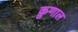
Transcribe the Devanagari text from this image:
क़ुणाल